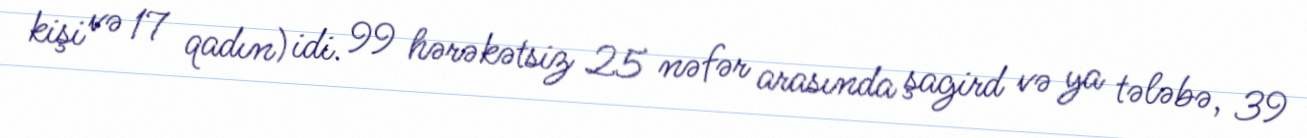
kişi və 17 qadın) idi. 99 hərəkətsiz 25 nəfər arasında şagird və ya tələbə, 39